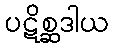
ပဋိစ္ဆဒါယ